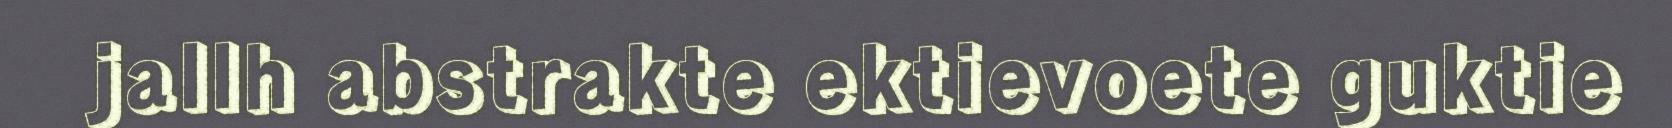
jallh abstrakte ektievoete guktie